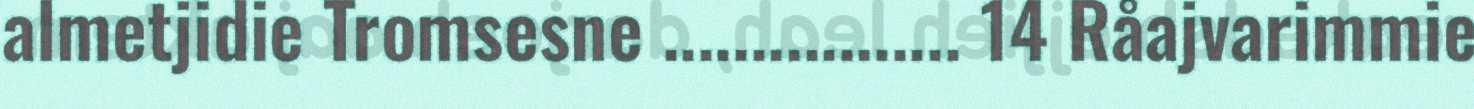
almetjidie Tromsesne ................. 14 Råajvarimmie